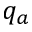
q _ { a }